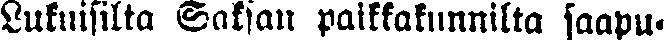
Lukuisilta Saksan paikkakunnilta saapu-